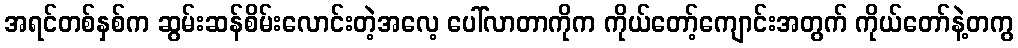
အရင်တစ်နှစ်က ဆွမ်းဆန်စိမ်းလောင်းတဲ့အလေ့ ပေါ်လာတာကိုက ကိုယ်တော့်ကျောင်းအတွက် ကိုယ်တော်နဲ့တကွ